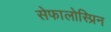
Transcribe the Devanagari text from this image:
सेफालोस्प्रिन